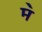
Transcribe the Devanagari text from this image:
म॓